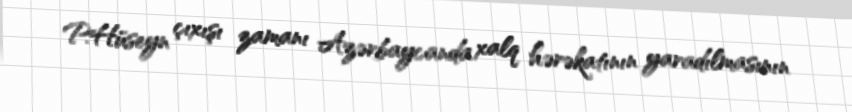
P.Hüseyn çıxışı zamanı Azərbaycanda xalq hərəkatının yaradılmasının